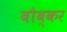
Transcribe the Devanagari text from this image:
बौब्कर